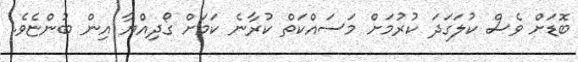
ބޮޑަށް ވެސް ކުލަގަދަ ކުރުމަށް މަސައްކަތް ކުރާނެ ކަމަށް ގޯދިއްޔާ އިން ބުންޏެވެ.